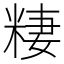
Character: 𱹊